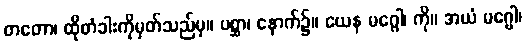
တတော၊ ထိုတံခါးကိုမှတ်သည်မှ။ ပစ္ဆာ၊ နောက်၌။ ယေန မဂ္ဂေါ၊ ကို။ အယံ မဂ္ဗေါ၊